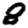
Digit: 8